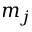
m _ { j }